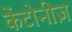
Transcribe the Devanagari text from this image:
केंटोनीज़